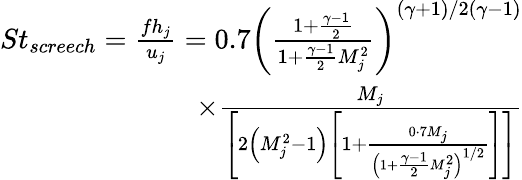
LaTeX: \begin{array}{r}{St_{screech}=\frac{fh_{j}}{u_{j}}=0.7\left(\frac{1+\frac{\gamma-1}{2}}{1+\frac{\gamma-1}{2}M_{j}^{2}}\right)^{(\gamma+1)/2(\gamma-1)}}\\ {\times\frac{M_{j}}{\left[2\left(M_{j}^{2}-1\right)\left[1+\frac{0\cdot 7M_{j}}{\left(1+\frac{\gamma-1}{2}M_{j}^{2}\right)^{1/2}}\right]\right]}}\end{array}